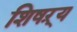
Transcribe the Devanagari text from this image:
शिषऱ्य